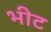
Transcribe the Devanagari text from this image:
भीट